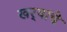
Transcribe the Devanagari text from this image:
खर्‍यांचे